65_HS1-834228961_62-HQ-83894_Serial_130
Agency: FBI
Page 37
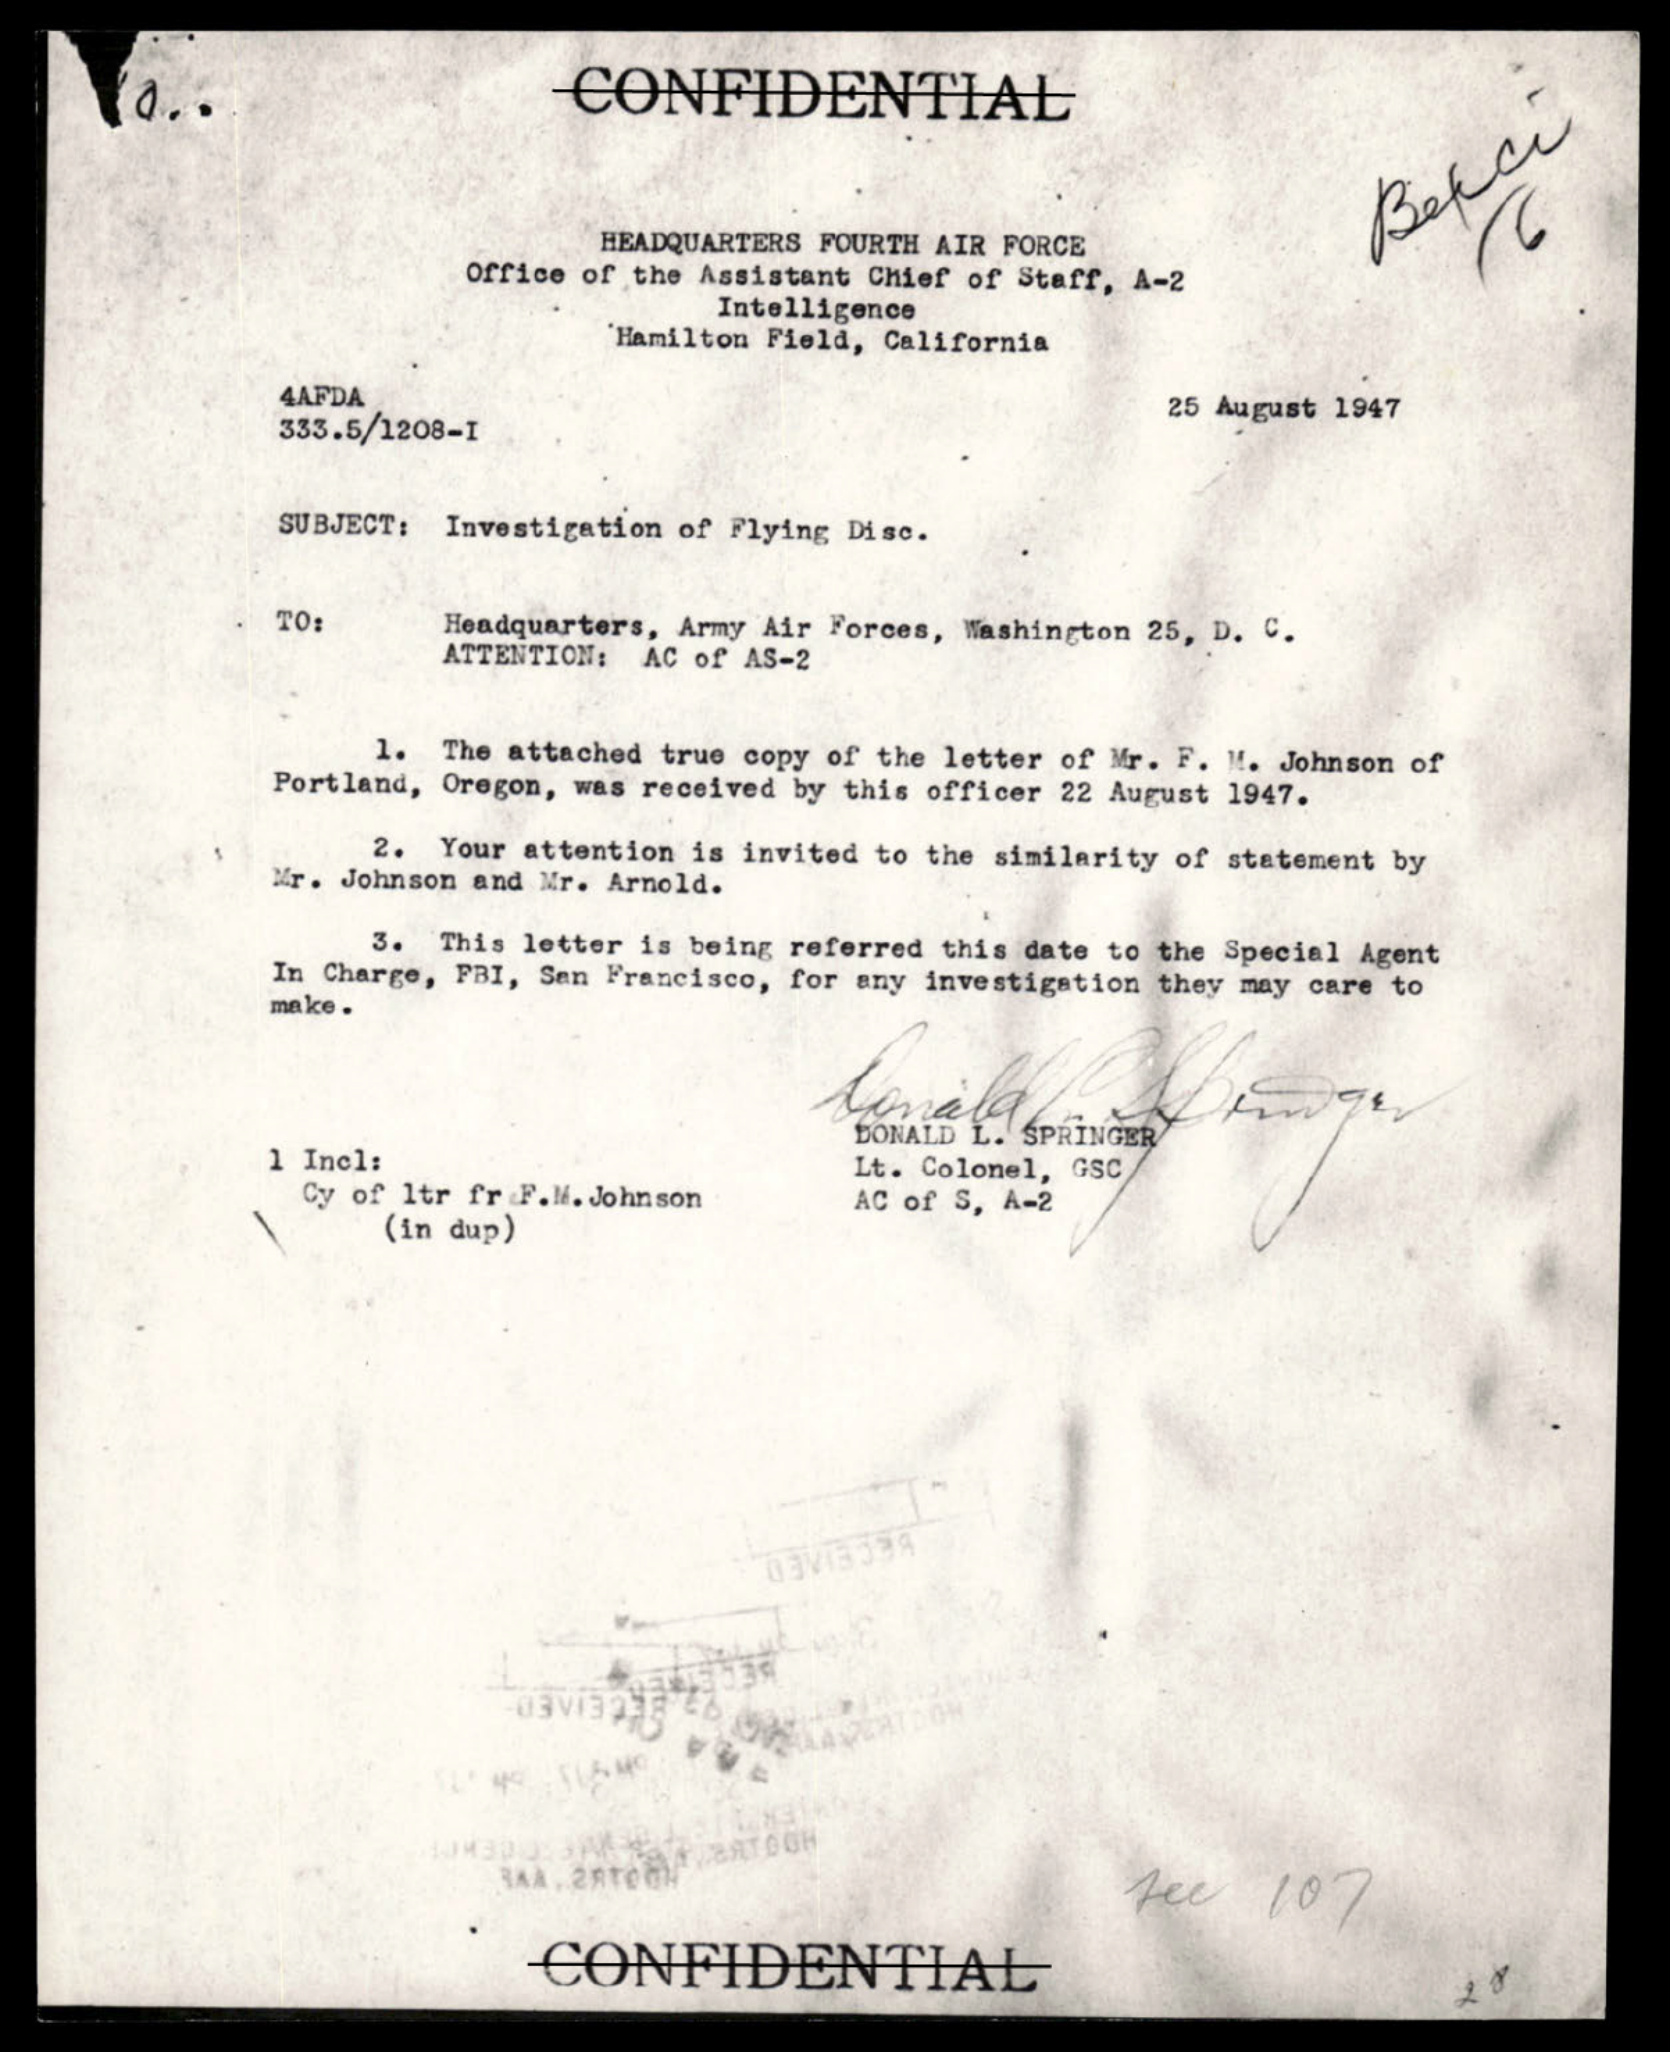